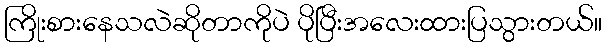
ကြိုးစားနေသလဲဆိုတာကိုပဲ ပိုပြီးအလေးထားပြသွားတယ်။